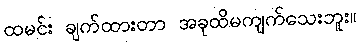
ထမင်း ချက်ထားတာ အခုထိမကျက်သေးဘူး။